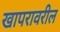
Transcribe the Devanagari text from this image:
खापरावरील